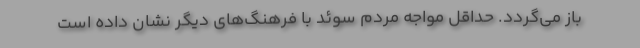
باز می‌گردد. حداقل مواجه مردم سوئد با فرهنگ‌های دیگر نشان داده است